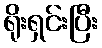
ရိုးရှင်းပြီး